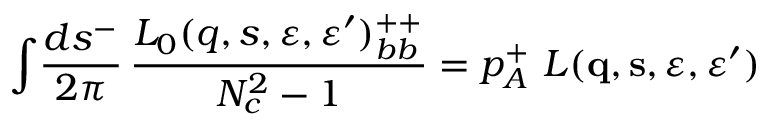
\int \! { \frac { d s ^ { - } } { 2 \pi } } \, { \frac { L _ { 0 } ( q , s , \varepsilon , \varepsilon ^ { \prime } ) _ { b b } ^ { + + } } { N _ { c } ^ { 2 } - 1 } } = p _ { A } ^ { + } \ L ( { \bf q } , { \bf s } , \varepsilon , \varepsilon ^ { \prime } )